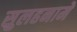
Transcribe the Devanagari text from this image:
सुलहनामे